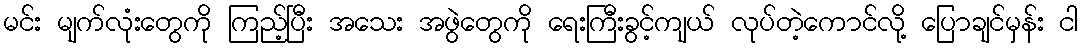
မင်း မျက်လုံးတွေကို ကြည့်ပြီး အသေး အဖွဲတွေကို ရေးကြီးခွင့်ကျယ် လုပ်တဲ့ကောင်လို့ ပြောချင်မှန်း ငါ